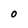
Character: O